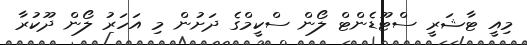
މިއީ ޓާޝަރީ ސްޓޫޑެންޓް ލޯން ސްކީމްގެ ދަށުން މި އަހަރު ލޯން ދޫކުރާ